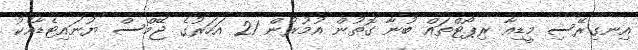
އިނގިރޭސި މީޑިއާ ރިޕޯޓްތައް ބުނާ ގޮތުން އުމުރުން 21 އަހަރުގެ ޖޭމްސް ޔުނައިޓެޑާއެކު